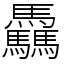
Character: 驫